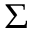
\Sigma